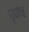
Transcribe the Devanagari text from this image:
घृणेच